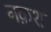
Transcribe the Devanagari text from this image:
नक़श